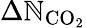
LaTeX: \Delta\mathbb{N}_{\textup{{CO}}_{2}}